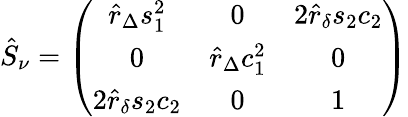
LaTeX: \hat{S}_{\nu}=\left(\begin{array}{ccc}{{\hat{r}_{\Delta}s_{1}^{2}}}&{{0}}&{{2\hat{r}_{\delta}s_{2}c_{2}}}\\ {{0}}&{{\hat{r}_{\Delta}c_{1}^{2}}}&{{0}}\\ {{2\hat{r}_{\delta}s_{2}c_{2}}}&{{0}}&{{1}}\end{array}\right)